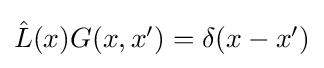
{\textstyle {\hat {L}}(x)G(x,x')=\delta (x-x')}